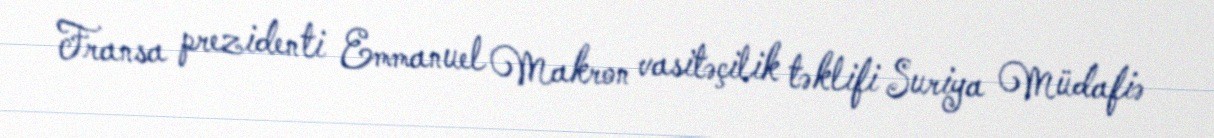
Fransa prezidenti Emmanuel Makron vasitəçilik təklifi Suriya Müdafiə